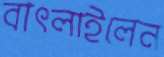
বাৎলাইলেন